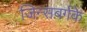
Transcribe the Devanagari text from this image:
जिन्सबर्गके